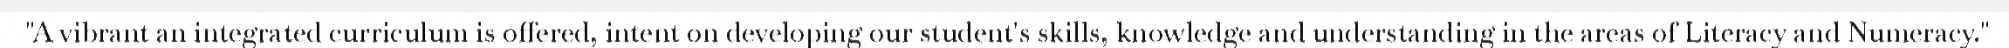
"A vibrant an integrated curriculum is offered, intent on developing our student's skills, knowledge and understanding in the areas of Literacy and Numeracy."